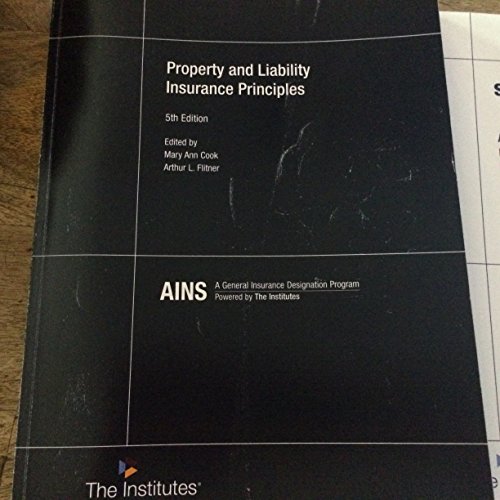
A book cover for PROPERTY+LIABILITY INSURANCE PRINCIPLES; Arthur L. Flitner; Business & Money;